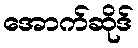
အောက်ဆိုဒ်